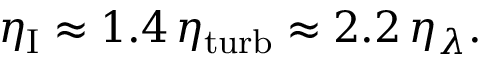
\eta _ { \mathrm { I } } \approx 1 . 4 \, \eta _ { \mathrm { t u r b } } \approx 2 . 2 \, \eta _ { \lambda } .